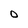
Character: 0